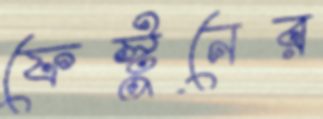
ফেস্টুনের